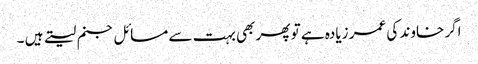
اگر خاوند کی عمر زیادہ ہے تو پھر بھی بہت سے مسائل جنم لیتے ہیں ۔